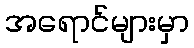
အရောင်များမှာ